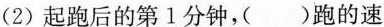
(2)起跑后的第1分钟，( )跑的速